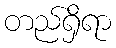
တည်ရှိရာ